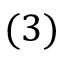
( 3 )